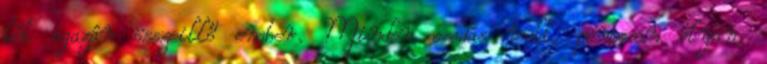
két igazán összeillő ember. Minden csodás volt, pontosan olyan,